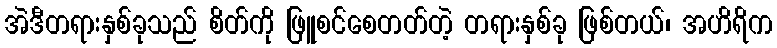
အဲဒီတရားနှစ်ခုသည် စိတ်ကို ဖြူစင်စေတတ်တဲ့ တရားနှစ်ခု ဖြစ်တယ်၊ အဟိရိက